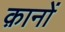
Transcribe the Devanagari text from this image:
क़ानों